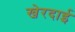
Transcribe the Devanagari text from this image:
खेरदाई